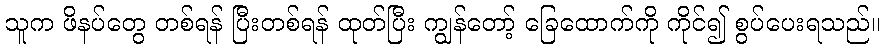
သူက ဖိနပ်တွေ တစ်ရန် ပြီးတစ်ရန် ထုတ်ပြီး ကျွန်တော့် ခြေထောက်ကို ကိုင်၍ စွပ်ပေးရသည်။